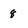
Character: 8